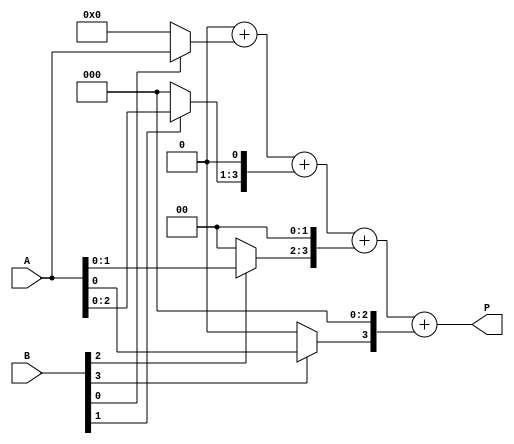
module vedic_multiplier #(parameter N = 4) (
    input  [N-1:0] A,  // N-bit input A
    input  [N-1:0] B,  // N-bit input B
    output reg [2*N-1:0] P // (2N)-bit output product
);

    // Internal partial products
    reg [N-1:0] pp[N-1:0]; // Partial products

    // Generate Partial Products
    integer i, j;
    always @(*) begin
        // Initialize product to zero
        P = 0;
        
        // Generate partial products
        for (i = 0; i < N; i = i + 1) begin
            pp[i] = (B[i]) ? A : 0; // If bit is 1, take A, otherwise 0
            // Shift the partial product according to its position
            pp[i] = pp[i] << i;
            // Add the current partial product to the total product
            P = P + pp[i];
        end
    end
endmodule